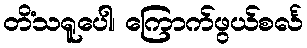
တိံသရူပေါ၊ ကြောက်ဖွယ်စင်္လ